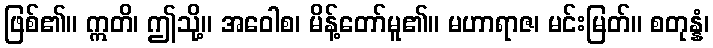
ဖြစ်၏။ ဣတိ၊ ဤသို့။ အဝေါစ၊ မိန့်တော်မူ၏။ မဟာရာဇ၊ မင်းမြတ်။ စတုန္နံ၊